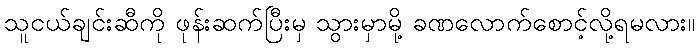
သူငယ်ချင်းဆီကို ဖုန်းဆက်ပြီးမှ သွားမှာမို့ ခဏလောက်စောင့်လို့ရမလား။